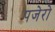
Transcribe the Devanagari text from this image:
पजेरो